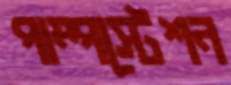
পাম্পস্টেশন